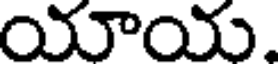
యాయ.